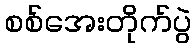
စစ်အေးတိုက်ပွဲ